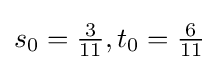
s_{0}={\tfrac {3}{11}},t_{0}={\tfrac {6}{11}}